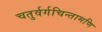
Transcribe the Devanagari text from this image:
चतुर्वर्गचिन्तामणि